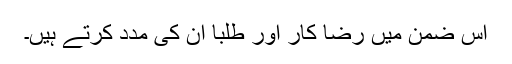
اس ضمن میں رضا کار اور طلبا ان کی مدد کرتے ہیں۔